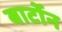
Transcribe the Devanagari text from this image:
बार्टोन